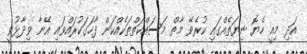
އަދި މިއީ ހެޔޮ ނިޔަތެއްގައި ކުރެވޭ މާތް މަސައްކަތްތަކެއްކަން ފާހަގަކުރައްވައި އޭނާ ވިދާޅުވީ